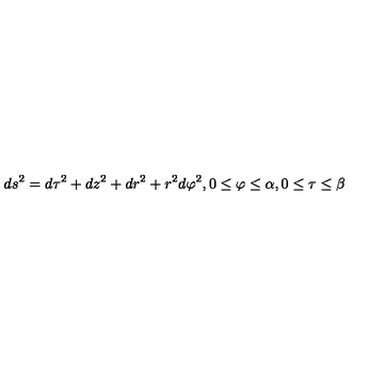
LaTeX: d s ^ { 2 } = d \tau ^ { 2 } + d z ^ { 2 } + d r ^ { 2 } + r ^ { 2 } d \varphi ^ { 2 } , 0 \leq \varphi \leq \alpha , 0 \leq \tau \leq \beta